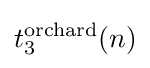
t_{3}^{\text{orchard}}(n)